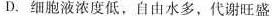
D.细胞液浓度低，自由水多，代谢旺盛